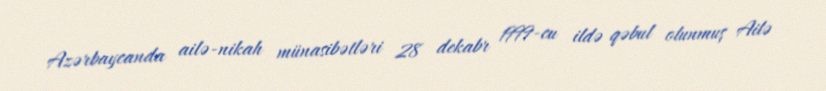
Azərbaycanda ailə-nikah münasibətləri 28 dekabr 1999-cu ildə qəbul olunmuş Ailə